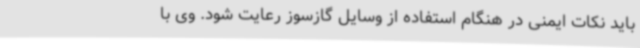
باید نکات ایمنی در هنگام استفاده از وسایل گازسوز رعایت شود. وی با